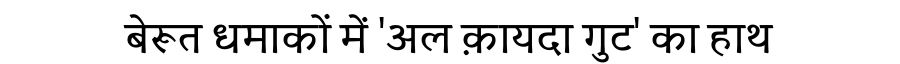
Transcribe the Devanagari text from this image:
बेरूत धमाकों में 'अल क़ायदा गुट' का हाथ